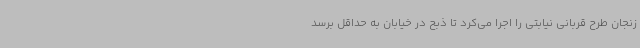
زنجان طرح قربانی نیابتی را اجرا می‌کرد تا ذبح در خیابان به حداقل برسد